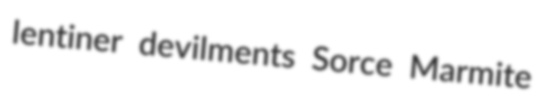
lentiner devilments Sorce Marmite